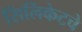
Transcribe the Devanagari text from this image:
सिलिकेटचे